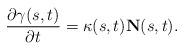
LaTeX: \begin{align*}\frac{\partial \gamma(s,t)}{\partial t}=\kappa(s,t) \mathbf{N}(s,t).\end{align*}